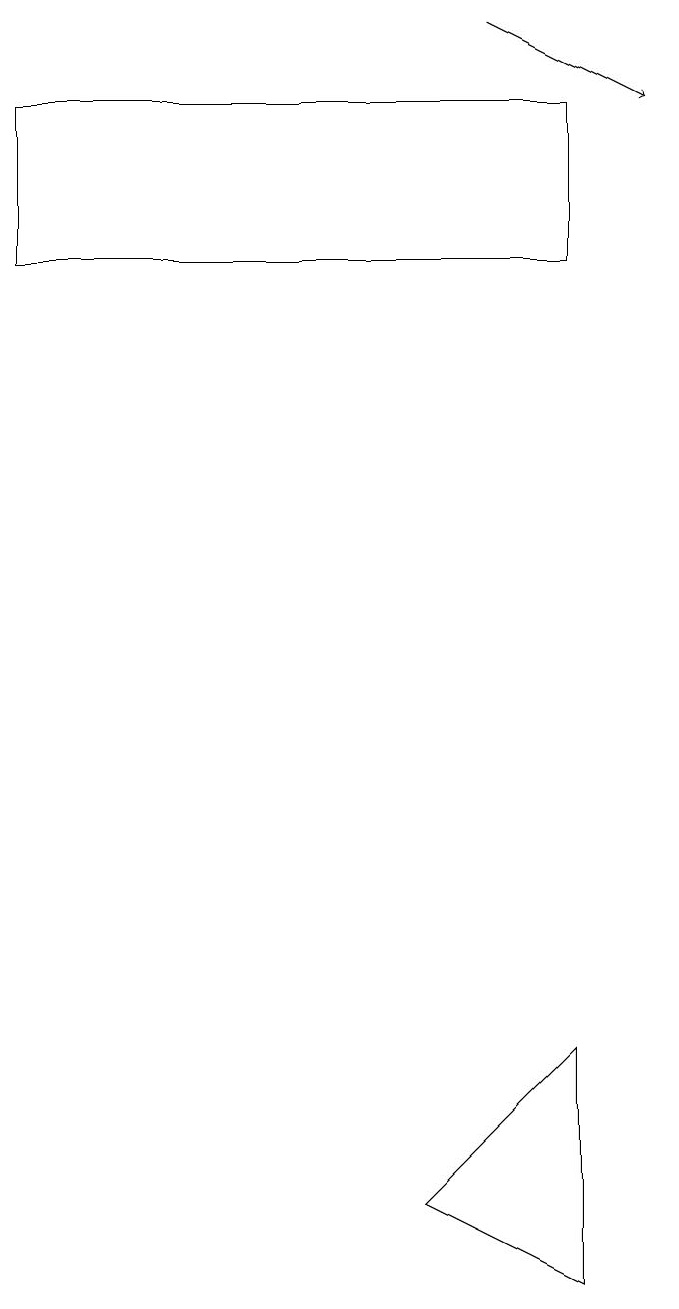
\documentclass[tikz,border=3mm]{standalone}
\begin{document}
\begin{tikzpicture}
\draw[->] (7,17) -- (9,16);
\draw (8,14) rectangle (1,16);
\draw (8,1) -- (6,2) -- (8,4) -- cycle;
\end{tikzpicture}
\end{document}